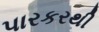
પારકરથી